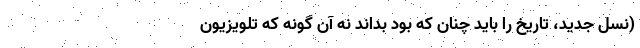
(نسل جدید، تاریخ را باید چنان که بود بداند نه آن گونه که تلویزیون